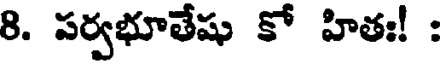
8. పర్వభూతేషు కో హితః! :